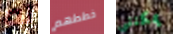
له خططهم يمكنني